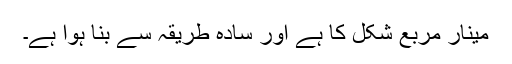
مینار مربع شکل کا ہے اور سادہ طریقہ سے بنا ہوا ہے۔